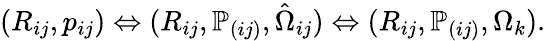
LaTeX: \begin{array}{r}{(R_{ij},p_{ij})\Leftrightarrow(R_{ij},{\mathbb P}_{(ij)},\hat{\Omega}_{ij})\Leftrightarrow(R_{ij},{\mathbb P}_{(ij)},\Omega_{k}).}\end{array}